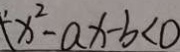
x ^ { 2 } - a x - b < 0